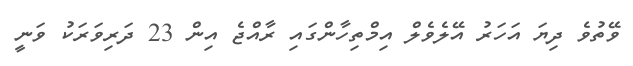
ވޭތުވެ ދިޔަ އަހަރު އޭލެވެލް އިމްތިހާންގައި ރާއްޖެ އިން 23 ދަރިވަރަކު ވަނީ